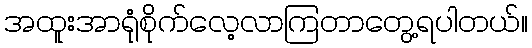
အထူးအာရုံစိုက်လေ့လာကြတာတွေ့ရပါတယ်။